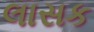
લાસક